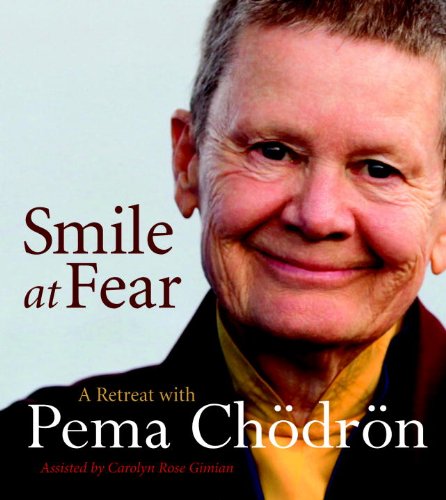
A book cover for Smile at Fear: A Retreat with Pema Chodron on Discovering Your Radiant Self-Confidence; Pema Chodron; Self-Help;